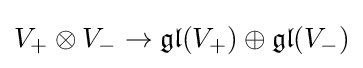
V_{+}\otimes V_{-}\to {\mathfrak {gl}}(V_{+})\oplus {\mathfrak {gl}}(V_{-})